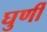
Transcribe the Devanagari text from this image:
घुर्णी